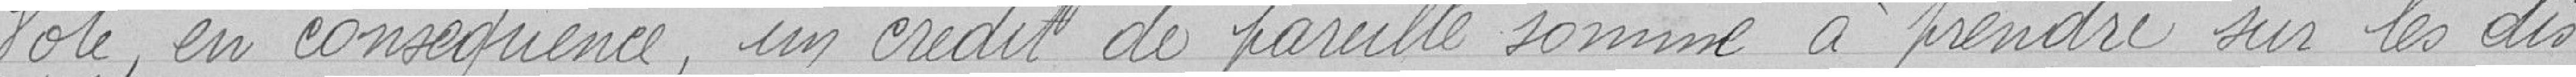
Vote, en conséquence, un crédit de pareille somme à prendre sur les dis-